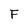
Character: F